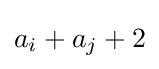
a_{i}+a_{j}+2